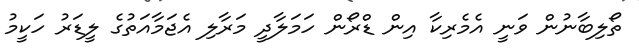
ތޯލިބާނުން ވަނީ އެމެރިކާ އިން ޑްރޯން ހަމަލާދީ މަރާލި އެޖަމާއަތުގެ ލީޑަރު ހަކީމު